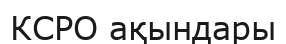
КСРО ақындары